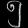
Digit: ၅